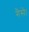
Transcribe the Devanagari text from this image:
गैसें।